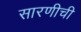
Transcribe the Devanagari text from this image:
सारणीची